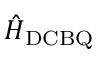
\hat { H } _ { \mathrm { D C B Q } }